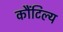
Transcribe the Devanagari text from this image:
कौंटिल्य